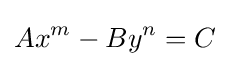
Ax^{m}-By^{n}=C